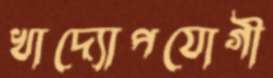
খাদ্যোপযোগী